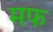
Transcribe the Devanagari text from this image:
मफ